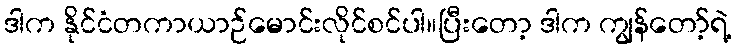
ဒါက နိုင်ငံတကာယာဉ်မောင်းလိုင်စင်ပါ။ပြီးတော့ ဒါက ကျွန်တော့်ရဲ့